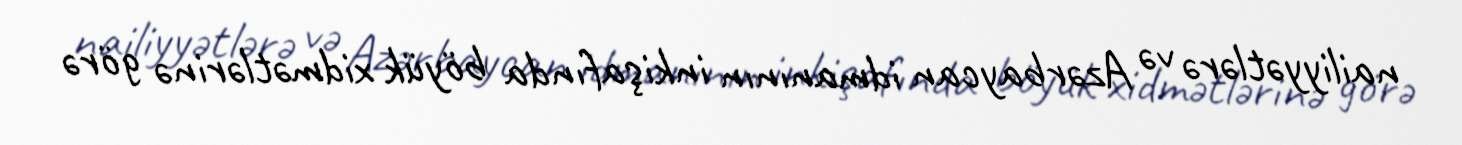
nailiyyətlərə və Azərbaycan idmanının inkişafında böyük xidmətlərinə görə